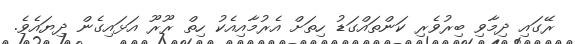
ރޭގައި ދިމާވި ބިރުވެރި ކަންތައްގަޑު ހިތަށް އެރުމާއިއެކު ހިތް ރޫރޫ އަޅައިގެން ދިޔައެވެ.